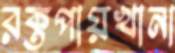
রক্তপায়খানা